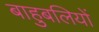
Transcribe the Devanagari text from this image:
बाहुबलियों